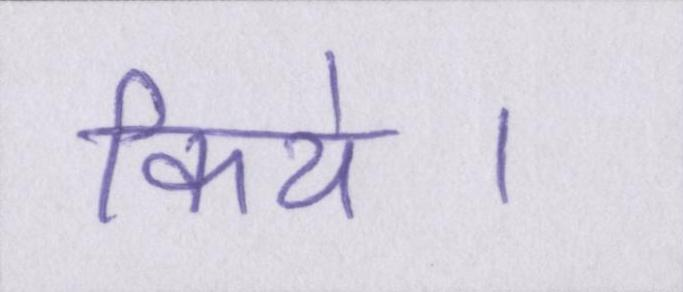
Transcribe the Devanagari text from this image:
किये।